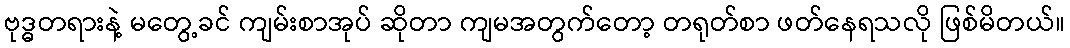
ဗုဒ္ဓတရားနဲ့ မတွေ့ခင် ကျမ်းစာအုပ် ဆိုတာ ကျမအတွက်တော့ တရုတ်စာ ဖတ်နေရသလို ဖြစ်မိတယ်။